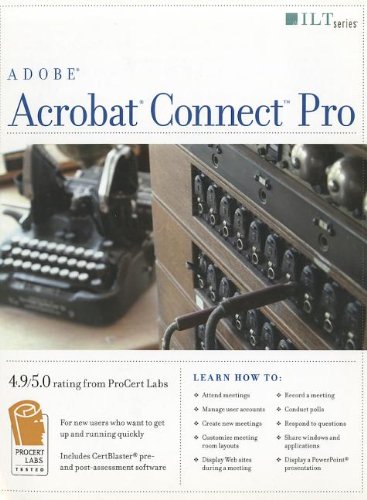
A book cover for Acrobat Connect Professional + Certblaster (ILT); Computers & Technology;